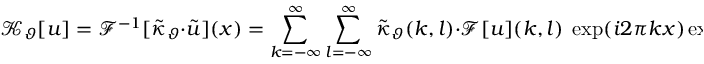
\mathcal { K } _ { \vartheta } [ u ] = \mathcal { F } ^ { - 1 } [ \tilde { \kappa } _ { \vartheta } \cdot \tilde { u } ] ( x ) = \sum _ { k = - \infty } ^ { \infty } \sum _ { l = - \infty } ^ { \infty } \tilde { \kappa } _ { \vartheta } ( k , l ) \cdot \mathcal { F } [ u ] ( k , l ) \; \exp ( i 2 \pi k x ) \exp ( i 2 \pi l y ) .